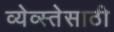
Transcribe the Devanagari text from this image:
व्येव्स्तेसाठी